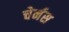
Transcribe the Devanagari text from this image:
चेर्नस